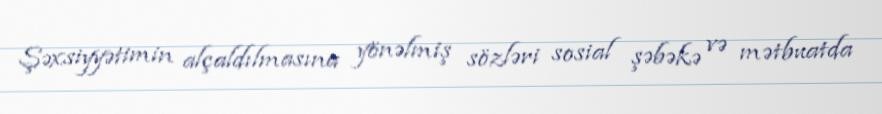
Şəxsiyyətimin alçaldılmasına yönəlmiş sözləri sosial şəbəkə və mətbuatda